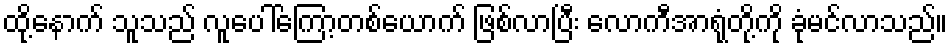
ထို့နောက် သူသည် လူပေါ်ကြော့တစ်ယောက် ဖြစ်လာပြီး လောကီအာရုံတို့ကို ခုံမင်လာသည်။